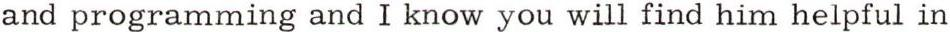
and programming and I know you will find him helpful in